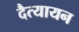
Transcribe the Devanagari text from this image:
दैत्यायन